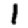
Digit: 1